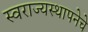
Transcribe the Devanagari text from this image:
स्वराज्यस्थापनेचे